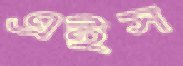
এইস